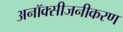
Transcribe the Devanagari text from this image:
अनॉक्सीजनीकरण